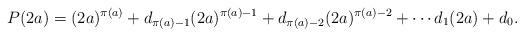
LaTeX: \begin{align*}P(2a) = (2a)^{\pi(a)} + d_{\pi(a) - 1}(2a)^{\pi(a) - 1} + d_{\pi(a) - 2}(2a)^{\pi(a) - 2} + \cdots d_1(2a) + d_0.\end{align*}